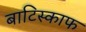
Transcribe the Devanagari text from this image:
बाटिस्काफ